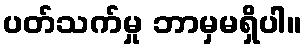
ပတ်သက်မှု ဘာမှမရှိပါ။